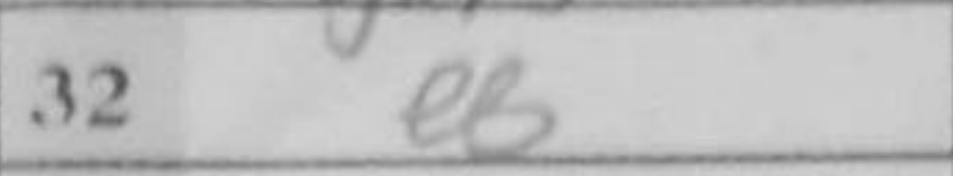
Transcription: e8